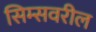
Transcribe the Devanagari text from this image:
सिम्सवरील